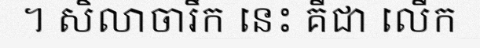
។ សិលាចារឹក នេះ គឺជា លើក